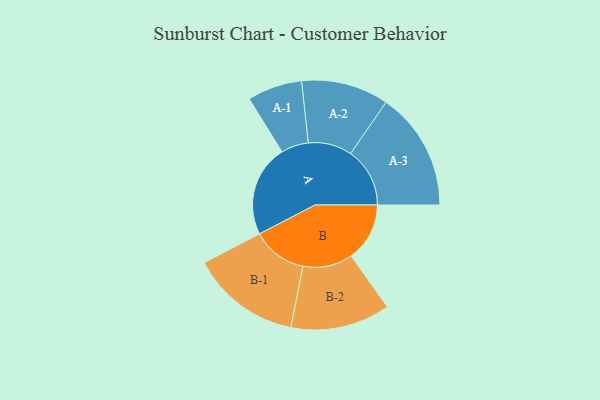
{"axis": {"x": "Segment", "y": "Value"}, "legend": ["", "A", "B"], "data": [{"x": "A", "y": 455, "type": ""}, {"x": "B", "y": 290, "type": ""}, {"x": "A-1", "y": 136, "type": "A"}, {"x": "A-2", "y": 217, "type": "A"}, {"x": "A-3", "y": 294, "type": "A"}, {"x": "B-1", "y": 273, "type": "B"}, {"x": "B-2", "y": 247, "type": "B"}]}